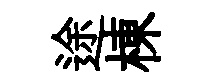
途棟